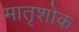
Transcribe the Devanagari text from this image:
मातृशोक